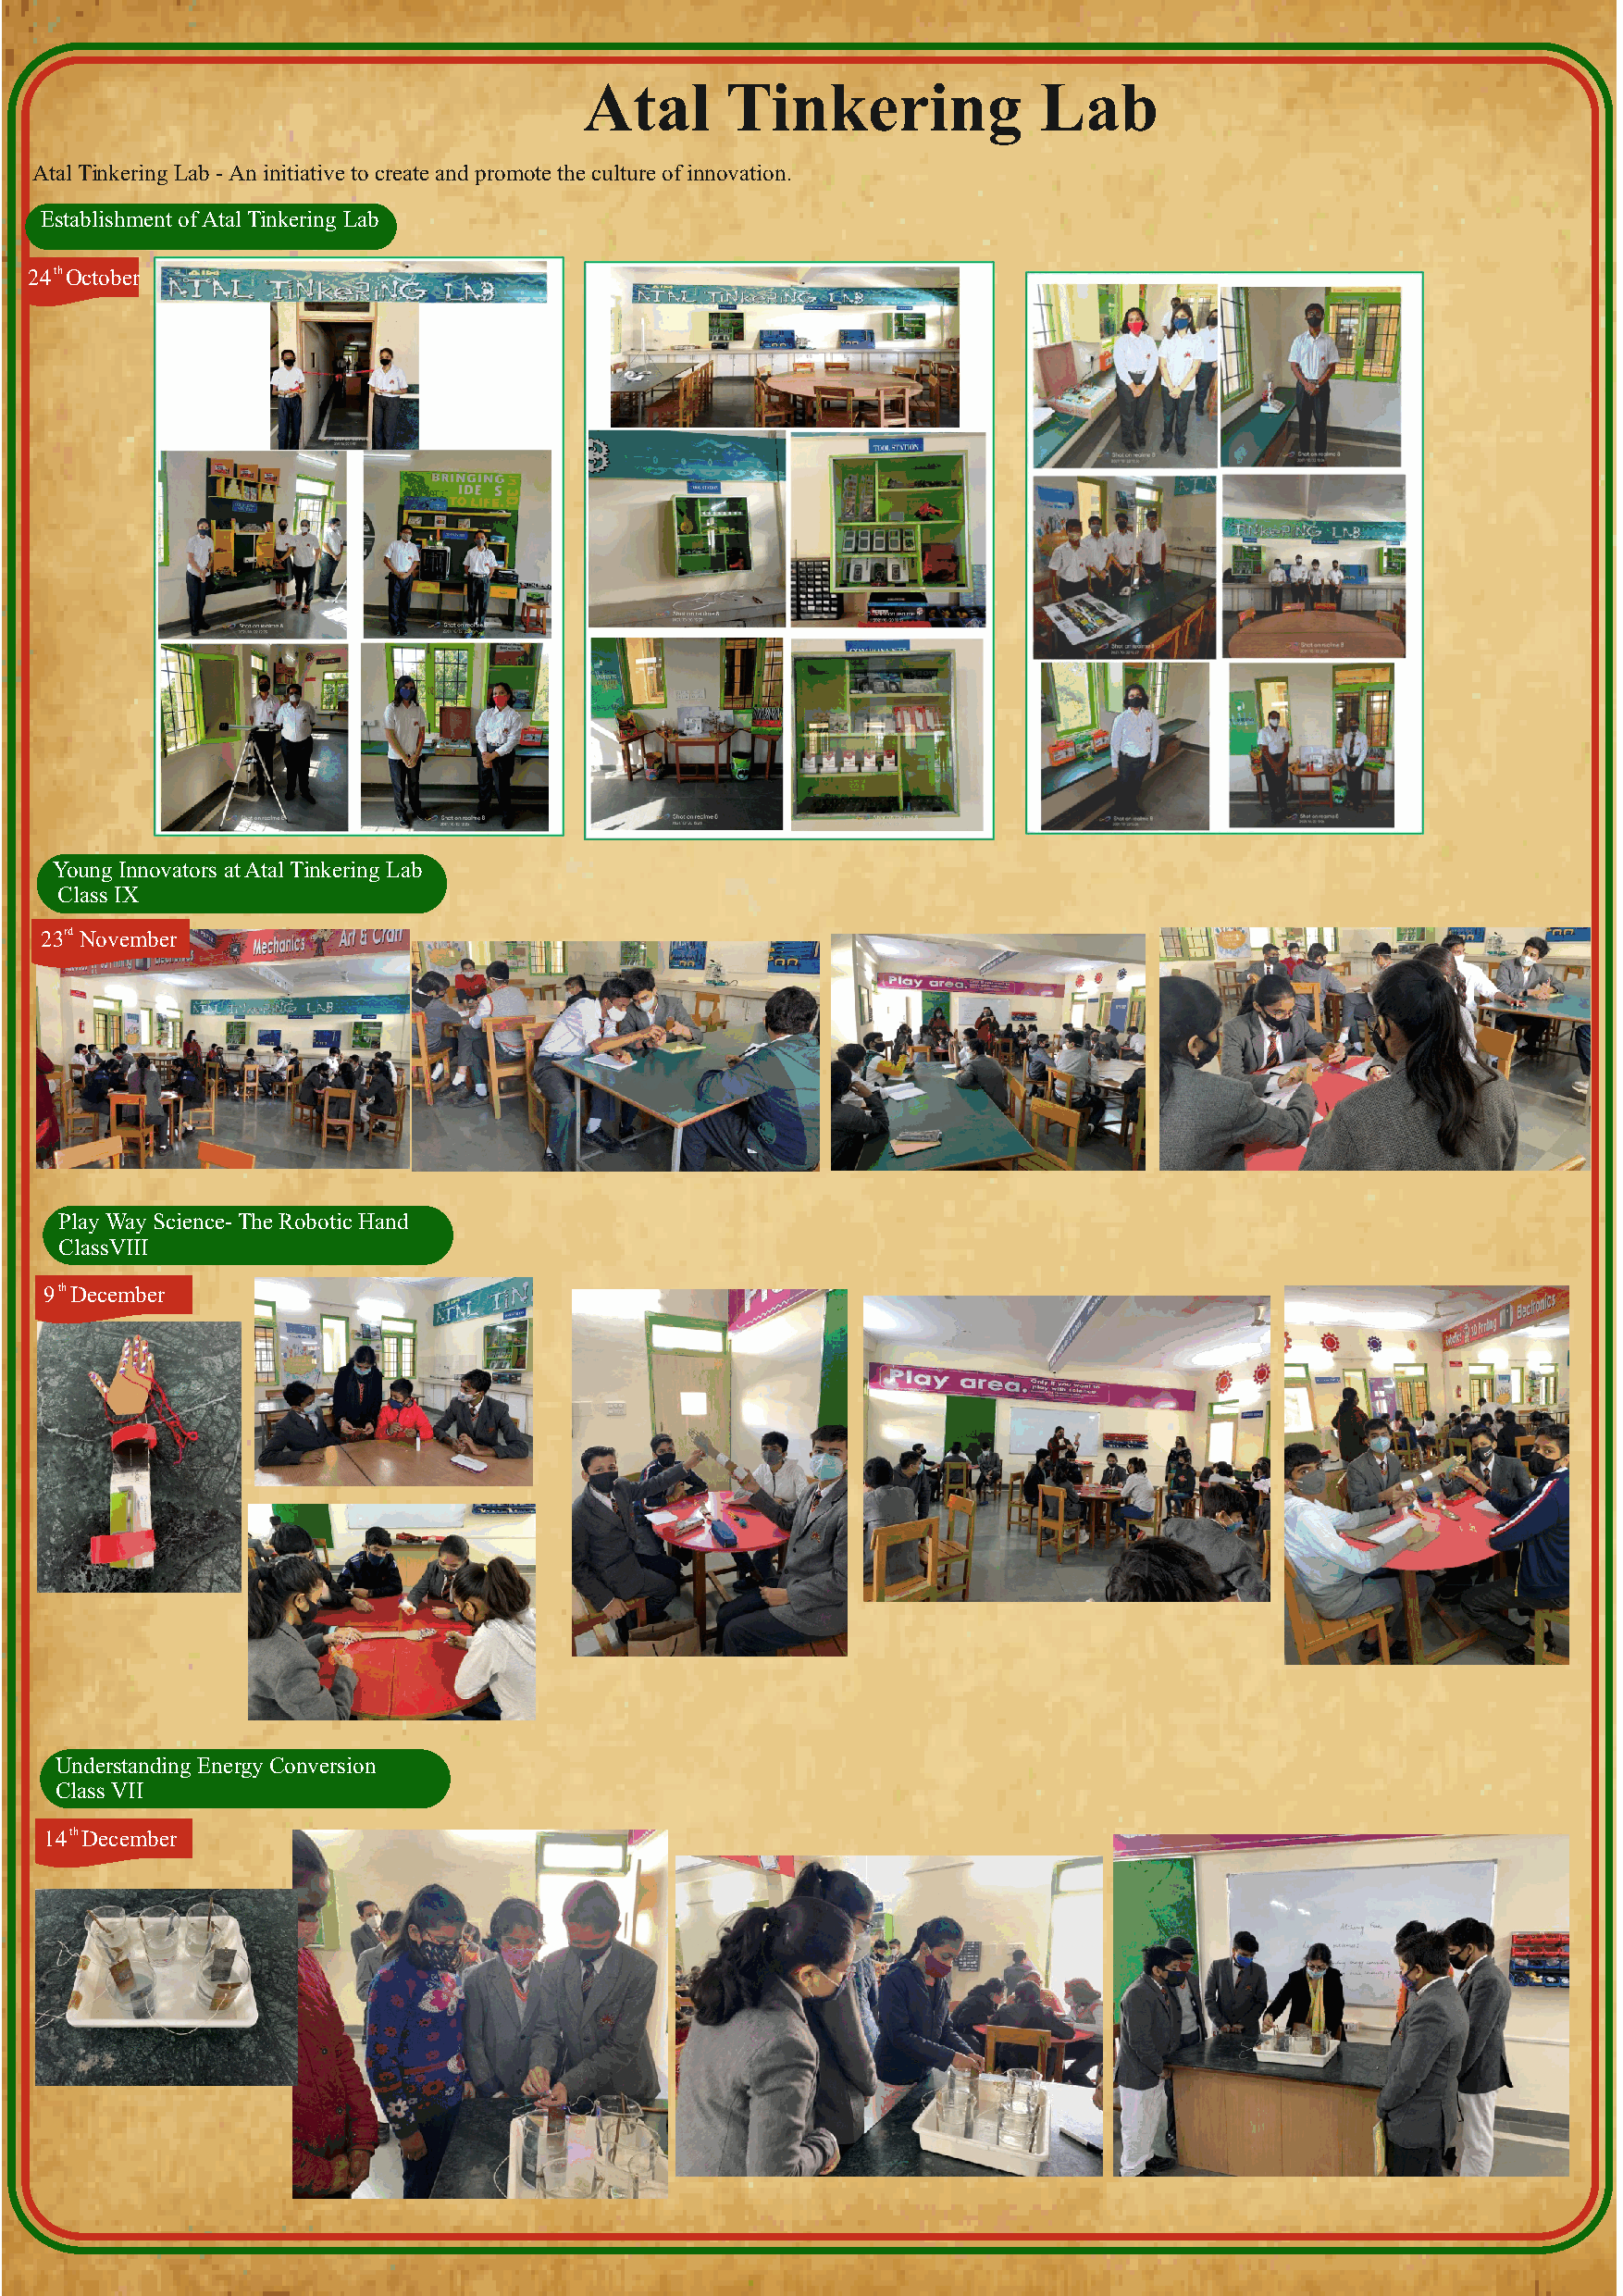
Atal      Tinkering             Lab
 Atal Tinkering Lab - An initiative to create and promote the culture of innovation.
 Establishment of Atal Tinkering Lab
 24 th October
 Young Innovators at Atal Tinkering Lab
 Class IX
 23rd November
 Play Way Science- The Robotic Hand
 ClassVIII
 9 th December
 Understanding Energy Conversion
 Class VII
 14 th December